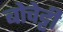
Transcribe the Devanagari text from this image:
बोचेट्टी